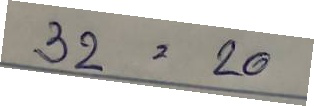
32 = 20